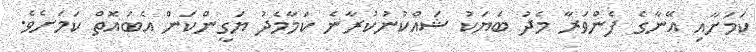
ކަމަށާއި އޭނާގެ ފެންވަރާ މެދު ބަޔަކު ޝައްކުނުކުރާނެ ކަމާމެދު ޔަގީންކަން އެބައޮތް ކަމަށެވެ.